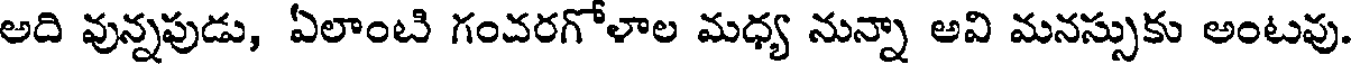
అది వున్నపుడు, ఏలాంటి గంచరగోళాల మధ్య నున్నా అవి మనస్సుకు అంటవు.